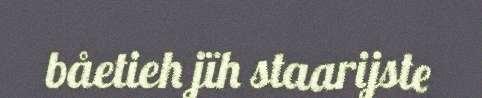
båetieh jïh staarijste